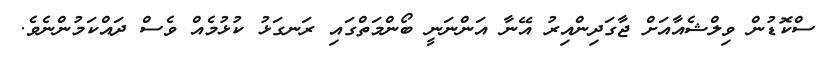
ސްކޮޑުން ވިލްޝެއާއަށް ޖާގަދިންއިރު އޭނާ އަންނަނީ ބޯންމަތްގައި ރަނގަޅު ކުޅުމެއް ވެސް ދައްކަމުންނެވެ.